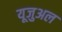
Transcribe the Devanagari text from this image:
यूजुअल